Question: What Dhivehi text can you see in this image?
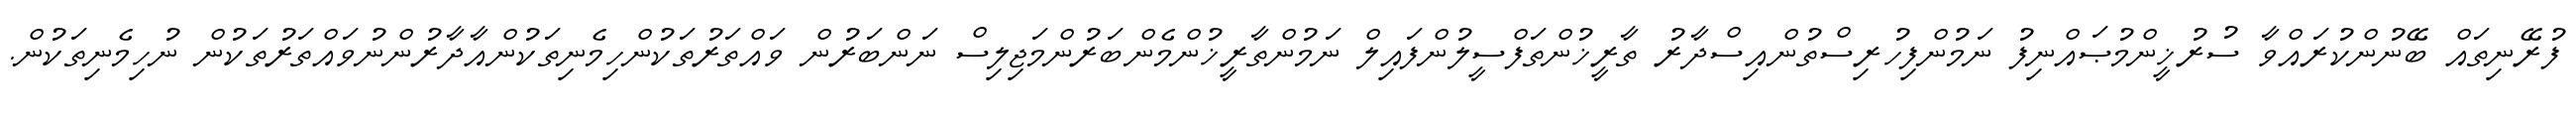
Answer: ފުރޭނިތައް ބޭނުންކުރައްވާ ސުރުޚީންމުޞައްނިފު ނަމުންފިހުރިސްތުންއިސްދާރު ތާރީޚުންތަފްސީލުންފައިލް ނަމުންތާރީޚުންމެންބަރުންމަޖިލިސް ނަންބަރުން ވައްތަރުތަކުންހިމެނިތަކުންއާދާރުންނުވައްތަރުތަކުން ނުހިމެނިތަކުން.